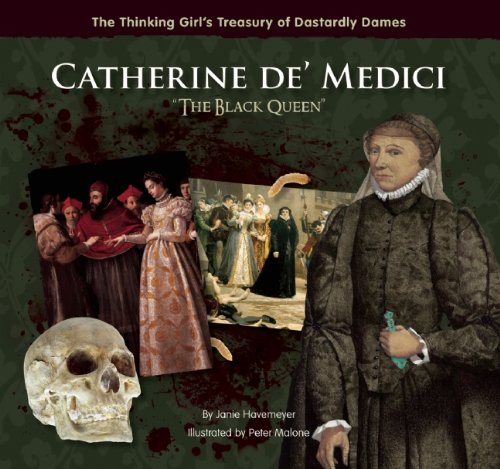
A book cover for Catherine de' Medici "The Black Queen" (The Thinking Girl's Treasury of Dastardly Dames); Janie Havemeyer; Children's Books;